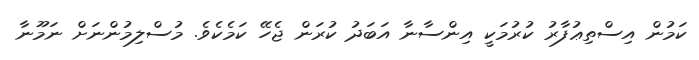
ކަމުން އިސްތިޢުފާރު ކުރުމަކީ އިންސާނާ އަބަދު ކުރަން ޖެހޭ ކަމެކެވެ. މުސްލިމުންނަށް ނަމޫނާ